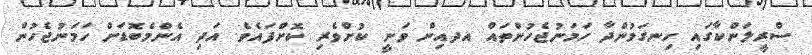
ސްރީލަންކާގައި ހިނގަމުންދާ ހަމަނުޖެހުންތައް އދއިން ވަނީ ކުށްވެރި ކޮށްފައެވެ. އަދި އެންމެބޮޑަށް ހަމަނުޖެހުން